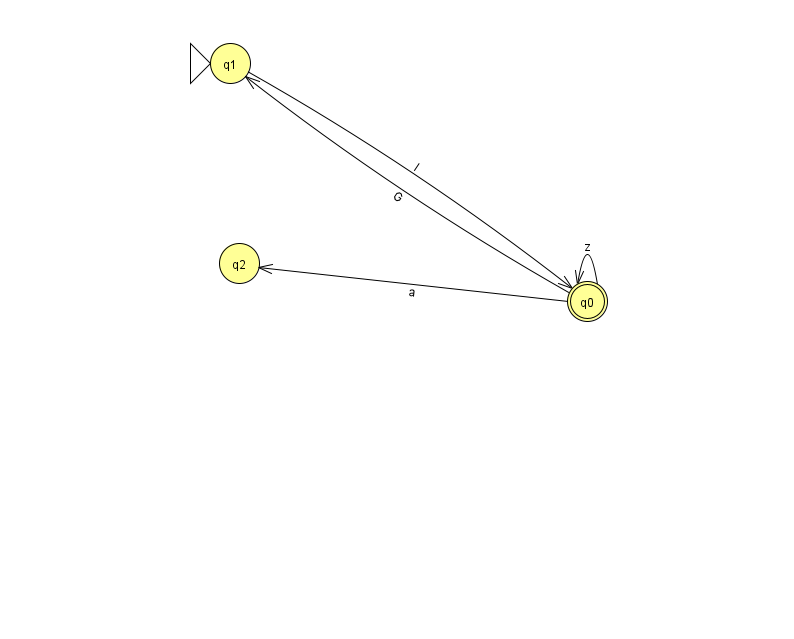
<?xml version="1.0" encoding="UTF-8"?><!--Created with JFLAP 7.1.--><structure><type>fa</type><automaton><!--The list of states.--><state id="0" name="q0"><x>587.0</x><y>288.0</y><final/></state><state id="1" name="q1"><x>230.0</x><y>50.0</y><initial/></state><state id="2" name="q2"><x>239.0</x><y>250.0</y></state><!--The list of transitions.--><transition><from>0</from><to>1</to><read>G</read></transition><transition><from>1</from><to>0</to><read>l</read></transition><transition><from>0</from><to>0</to><read>z</read></transition><transition><from>0</from><to>2</to><read>a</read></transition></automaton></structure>